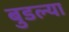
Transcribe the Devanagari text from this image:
बुडल्या